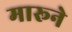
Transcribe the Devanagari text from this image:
मारूने